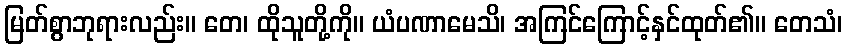
မြတ်စွာဘုရားလည်း။ တေ၊ ထိုသူတို့ကို။ ယံပဏာမေသိ၊ အကြင်ကြောင့်နှင်ထုတ်၏။ တေသံ၊